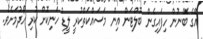
އޭގެ ބޭނުން ހިފައިގެން ބޮލްޓަން އިން މަސައްކަތްކުރީ ލީޑް ހަނިކޮށް ކުރި ހޯދުމަށެވެ.